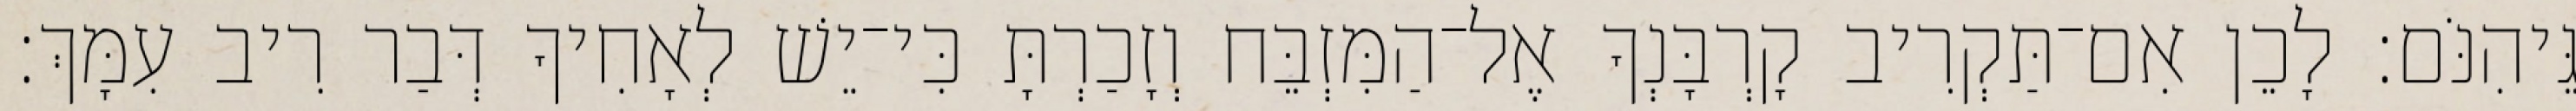
גֵּיהִנֹּם׃ לָכֵן אִם־תַּקְרִיב קָרְבָּנְךָ אֶל־הַמִּזְבֵּח וְזָכַרְתָּ כִּי־יֵשׁ לְאָחִיךָ דְּבַר רִיב עִמָּךְ׃